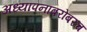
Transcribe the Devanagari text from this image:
अध्यापनाबरोबरच